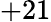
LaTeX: +21